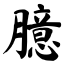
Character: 臆